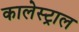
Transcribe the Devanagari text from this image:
कालेस्ट्राल